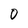
Character: 0